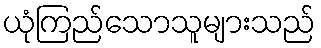
ယုံကြည်သောသူများသည်